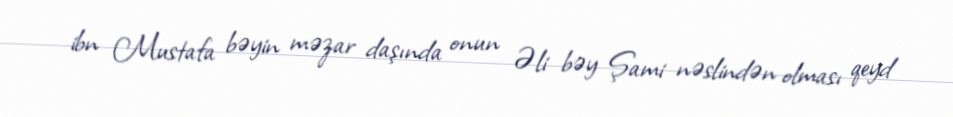
ibn Mustafa bəyin məzar daşında onun Əli bəy Şami nəslindən olması qeyd